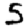
Digit: 5